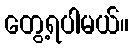
တွေ့ရပါမယ်။